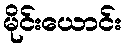
မိုင်းယောင်း